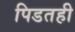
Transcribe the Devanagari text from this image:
पिडतही